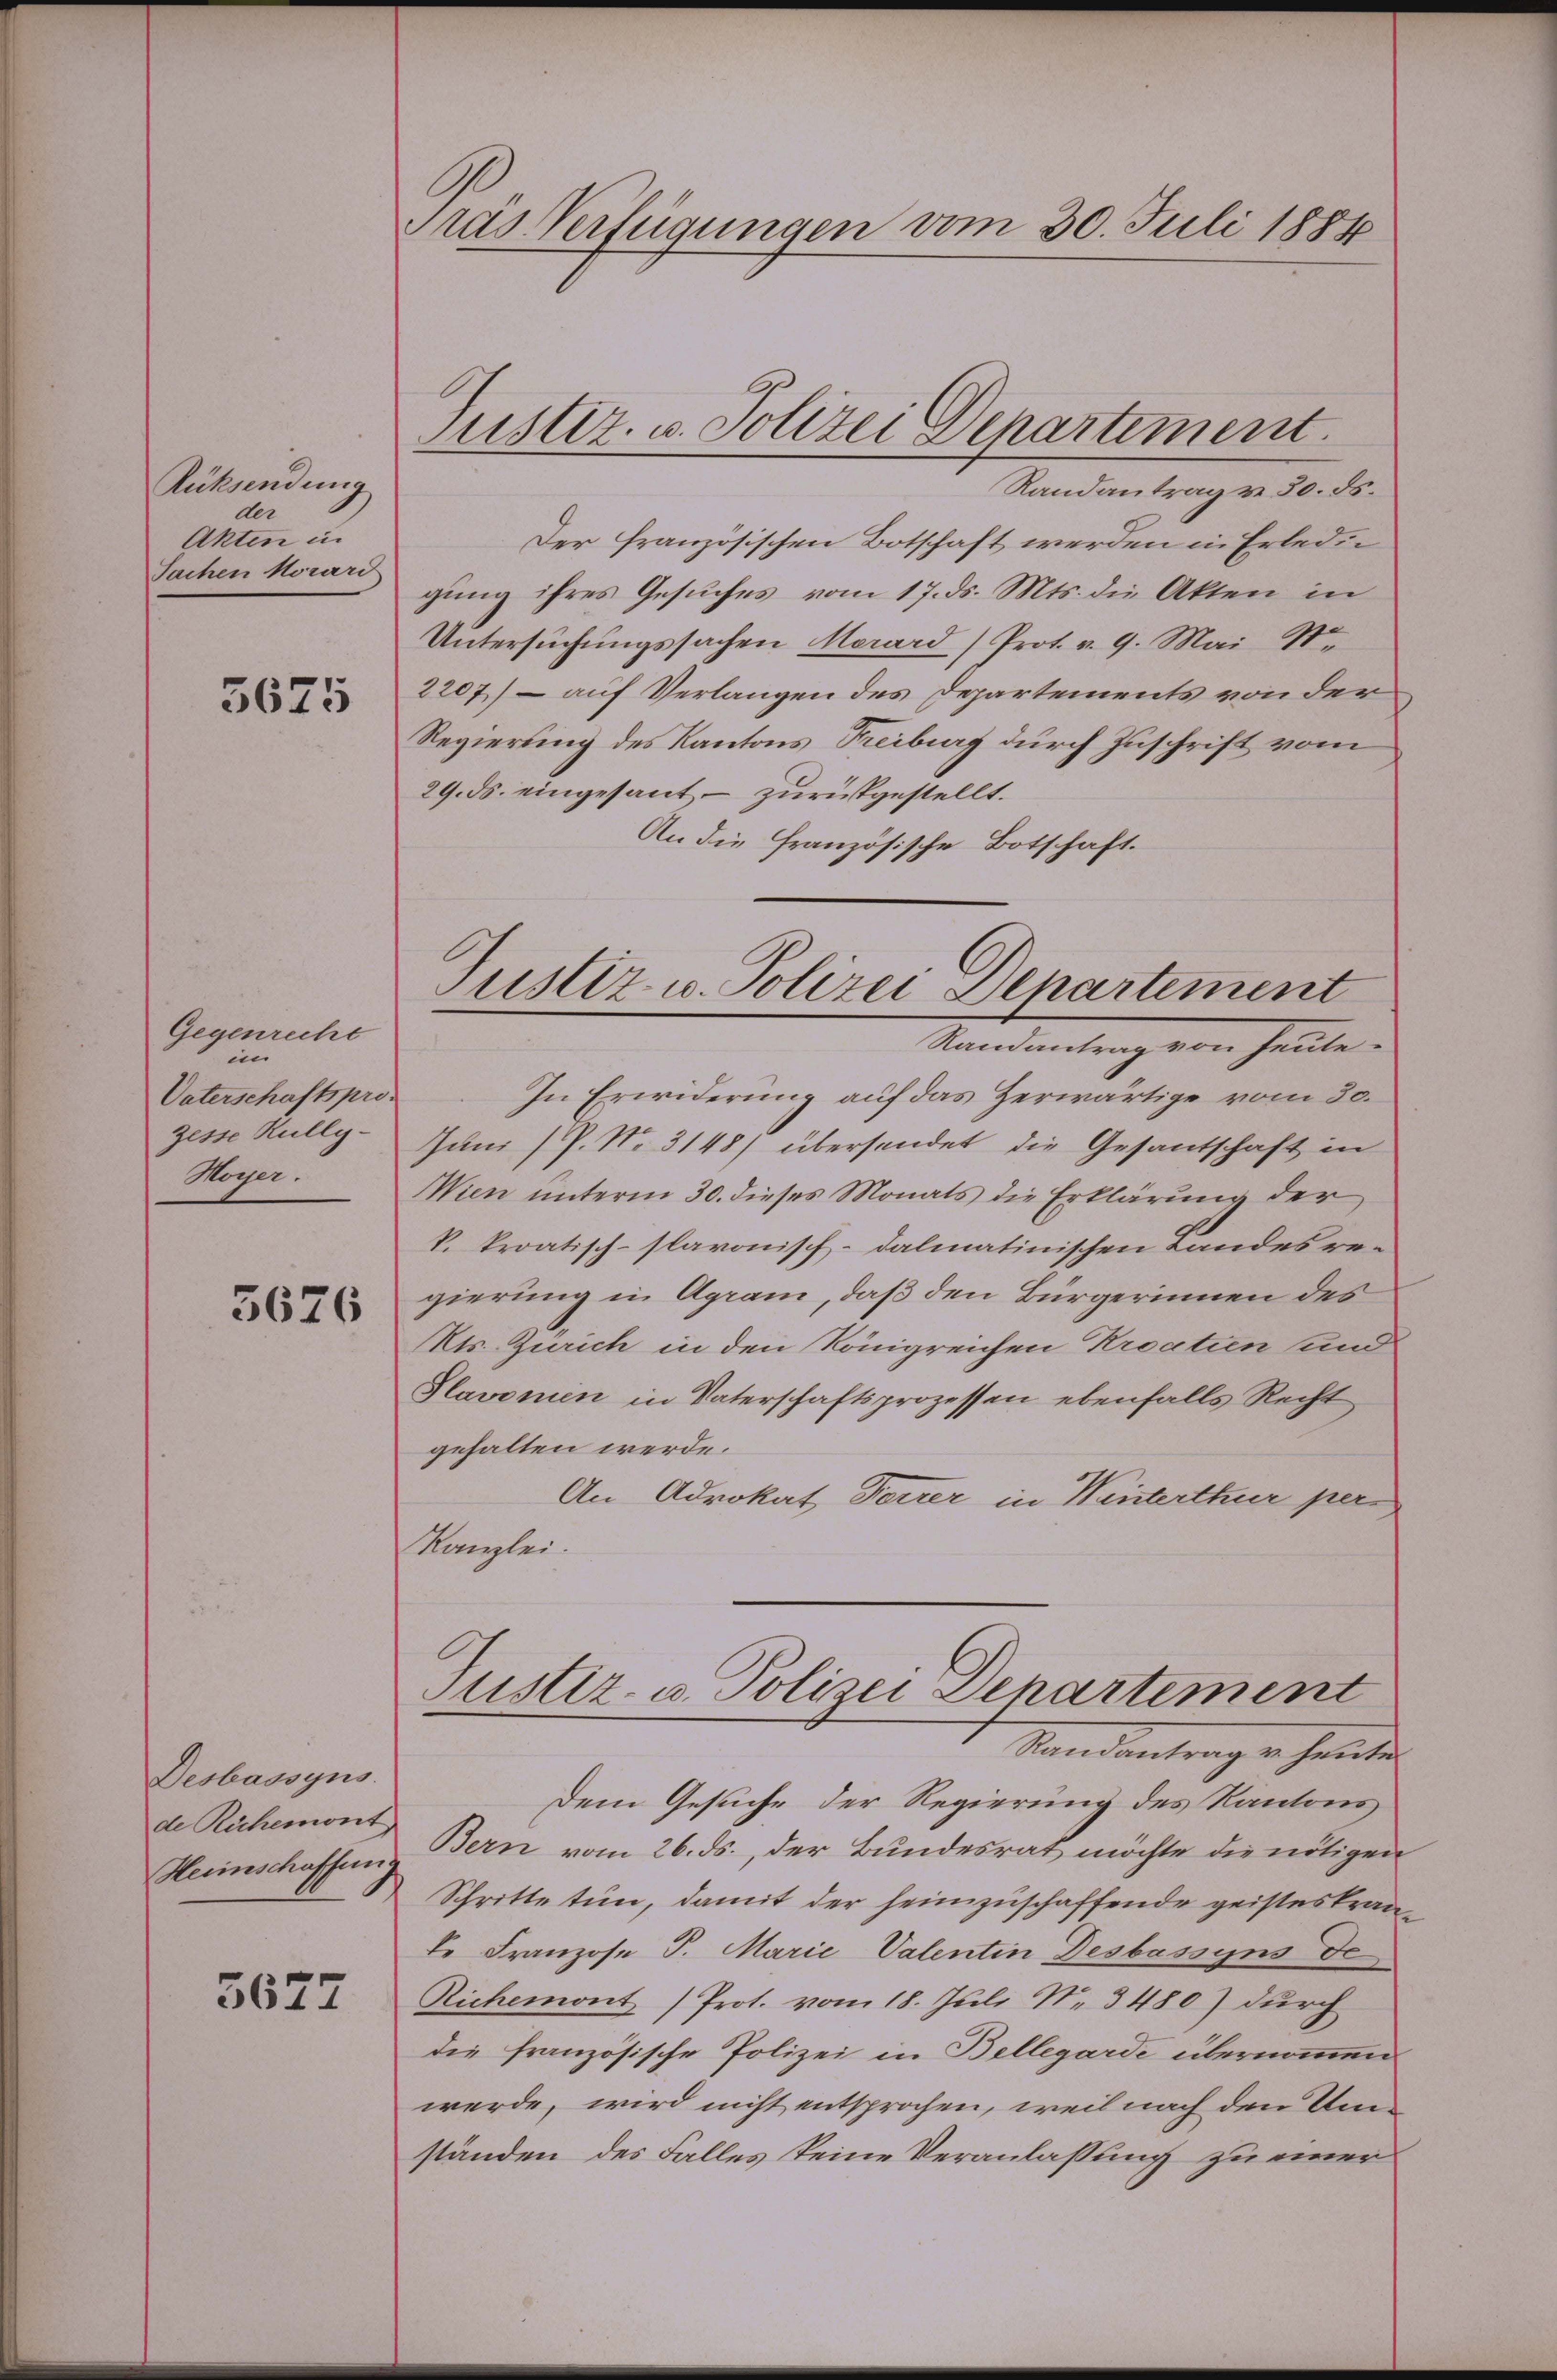
Rücksendung
der
Akten un
Sachen Morard

3675

Gegenrecht
in
Vaterschaftspro-
zesse Kully-
Hoyer.

3676

Desbassyns.
de Ruhemont
Heimschaffeng

5627

ras Verfügungen vom 30. Juli 1884

Der französischen Botschaft werden in Erledigung ihres Gesuches vom 17. ds. Mts. die Akten in
Untersuchungssachen Merard (Prot. v. 9. Mai S.
2207) – auf Verlangen des Departements von der
Regierung des Kantons Freiburg durch Zuschrift vom
29. ds. eingesant - zurückgestellt.
An die Französische Botschaft.
In Erwiderung auf das Zerwärtige vom 30.
Juni (P. Nr. 3148) übersendet die Gesantschaft in
Wien unterm 30. dieses Monats die Erklärung der
k. kroatisch-slavonisch-dalmatinischen Landes regierung in Agram, daß den Bürgerinnen des
Mts. Zürich in den Königreichen Kroatien und
Slavonien in Vaterschaftsprozessen ebenfalls Recht
gehalten werde.
An Advokat Forrer in Winterthur per
Kanzlei.
Justiz- u. Polizei Departement
Randantrag v. heute
Dem Gesuche der Regierung des Kantons
Bern vom 26. ds., der Bundesrat möchte die nötigen
Schritte tun, damit der heimzuschaffende geisteskrande Franzose P. Marie Valentin Desbassyns de
Richemont) Prot. vom 18. Juli N. 3480) durch
die französische Polizei in Bellegarde übernommen
werde, wird nicht entsprochen, weil nach den Umständen des Falles keine Veranlassung zu einer

Justiz- u. Polizei Departement.
Randantrag v. 30. ds.

Justiz- u. Polizei Departement
Randantrag von heute.